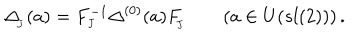
\Delta _ { _ { \! J } } ( a ) = F _ { _ { J } } ^ { - 1 } \Delta ^ { ( 0 ) } ( a ) F _ { _ { \! J } } ^ { } \qquad ( a \in U ( s l ( 2 ) ) ) \, .